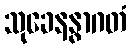
သုခေနနွာဂတံ